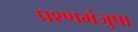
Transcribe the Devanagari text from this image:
प्रश्णमंजुषा